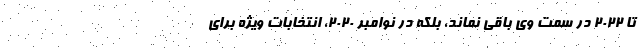
تا 2022 در سمت وی باقی نماند، بلکه در نوامبر 2020، انتخابات ویژه برای